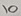
Text: 10